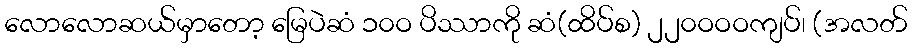
လောလောဆယ်မှာတော့ မြေပဲဆံ ၁၀ဝ ပိဿာကို ဆံ(ထိပ်စ) ၂၂၀ဝဝဝကျပ်၊ (အလတ်